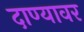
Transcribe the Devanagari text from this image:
दाण्यावर